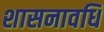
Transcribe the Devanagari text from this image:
शासनावधि